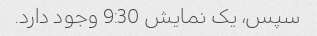
سپس، یک نمایش 9:30 وجود دارد.